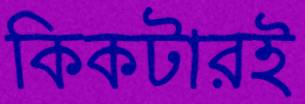
কিকটারই